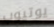
يوتيوب